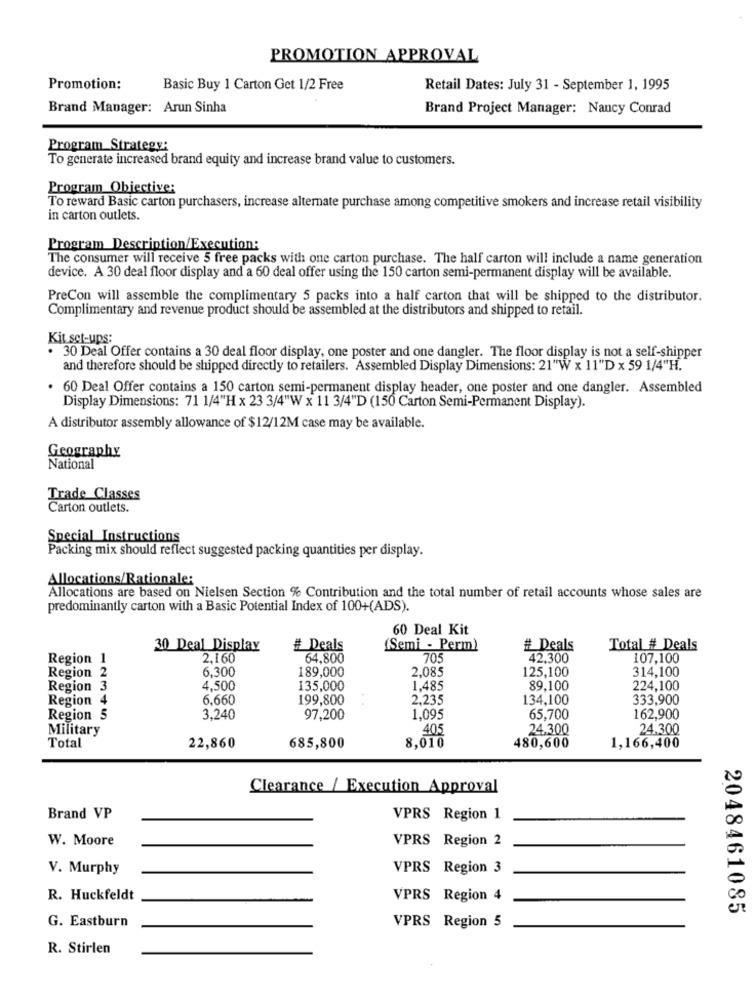
PROMOTION APPROVAL
Promotion:
Basic Buy 1 Carton Get 1/2 Free
Retail Dates: July 31 - September 1, 1995
Brand Manager: Arun Sinha
Brand Project Manager: Nancy Conrad
Program Strategy:
To generate increased brand equity and increase brand value to customers.
Program_Objective:
To reward Basic carton purchasers, increase alternate purchase among competitive smokers and increase retail visibility
in carton outlets.
Program Description/Execution:
The consumer will receive 5 free packs with one carton purchase. The half carton will include a name generation
device. A 30 deal floor display and a 60 deal offer using the 150 carton semi-permanent display will be available.
PreCon will assemble the complimentary 5 packs into a half carton that will be shipped to the distributor.
Complimentary and revenue product should be assembled at the distributors and shipped to retail.
Kit set-ups:
30 Deal Offer contains a 30 deal floor display, one poster and one dangler. The floor display is not a self-shipper
and therefore should be shipped directly to retailers. Assembled Display Dimensions: 21"W x 11"D x 59 1/4"H.
60 Deal Offer contains a 150 carton semi-permanent display header, one poster and one dangler. Assembled
Display Dimensions: 71 1/4"H x 23 3/4"W x 11 3/4"D (150 Carton Semi-Permanent Display).
A distributor assembly allowance of $12/12M case may be available.
Geography
National
Trade Classes
Carton outlets.
Special Instructions
Packing mix should reflect suggested packing quantities per display.
Allocations/Rationale:
Allocations are based on Nielsen Section % Contribution and the total number of retail accounts whose sales are
predominantly carton with a Basic Potential Index of 100+(ADS).
60 Deal Kit
30 Deal Display
# Deals
(Semi - Perm)
# Deals
Total # Deals
Region 1
2,160
64,800
705
42.300
107,100
6,300
189,000
2.085
125,100
314,100
Region 2
Region 3
4.500
135,000
1.485
89,100
224,100
Region 4
6,660
199,800
2,235
134,100
333,900
Region 5
3.240
97,200
1.095
65,700
162,900
Military
405
24.300
24.300
Total
685,800
22,860
8,010
480,600
1,166,400
Clearance / Execution Approval
Brand VP
VPRS Region 1
W. Moore
VPRS Region 2
V. Murphy
VPRS Region 3
R. Huckfeldt
VPRS Region 4
2048461085
G. Eastburn
VPRS Region 5
R. Stirlen